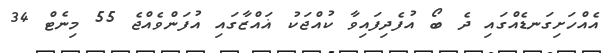
އެއްހަށިގަނޑެއްގައި ދެ ބޯ އުފެދިފައިވާ ކުއްޖަކު ޣައްޒާގައި އުފަންވެއްޖެ 55 މިނެޓް 34